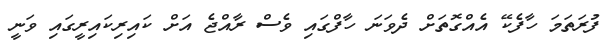
ފުރަތަމަ ހާފެކޭ އެއްގޮތަށް ދެވަނަ ހާފްގައި ވެސް ރާއްޖެ އަށް ކައިރިކައިރީގައި ވަނީ